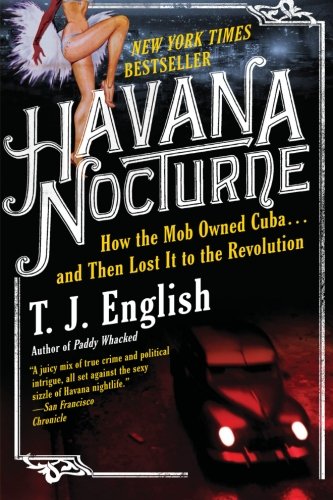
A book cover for Havana Nocturne: How the Mob Owned Cuba and Then Lost It to the Revolution; T. J. English; Biographies & Memoirs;